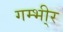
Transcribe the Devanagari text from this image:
गम्भी्र